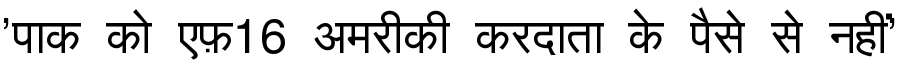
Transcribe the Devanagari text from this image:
'पाक को एफ़16 अमरीकी करदाता के पैसे से नहीं'